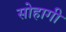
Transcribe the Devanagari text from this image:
सोहागी